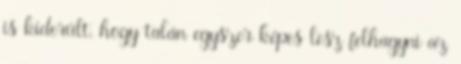
is kiderült, hogy talán egyszer képes lesz felhagyni az